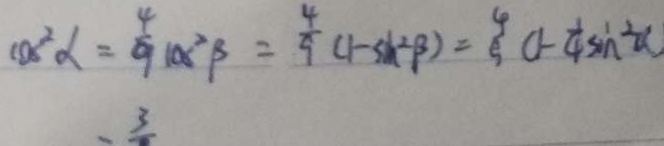
\cos ^ { 2 } \alpha = \frac { 4 } { 9 } \cos ^ { 2 } \beta = \frac { 4 } { 9 } ( 1 - \sin ^ { 2 } \beta ) = \frac { 4 } { 5 } ( 1 - \frac { 1 } { 4 } \sin ^ { 2 } \alpha